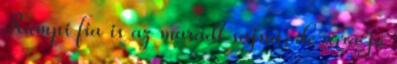
Rumpi fia is az maradt sajna, de arra jó